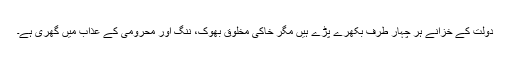
دولت کے خزانے ہر چہار طرف بکھرے پڑے ہیں مگر خاکی مخلوق بھوک، ننگ اور محرومی کے عذاب میں گھری ہے۔